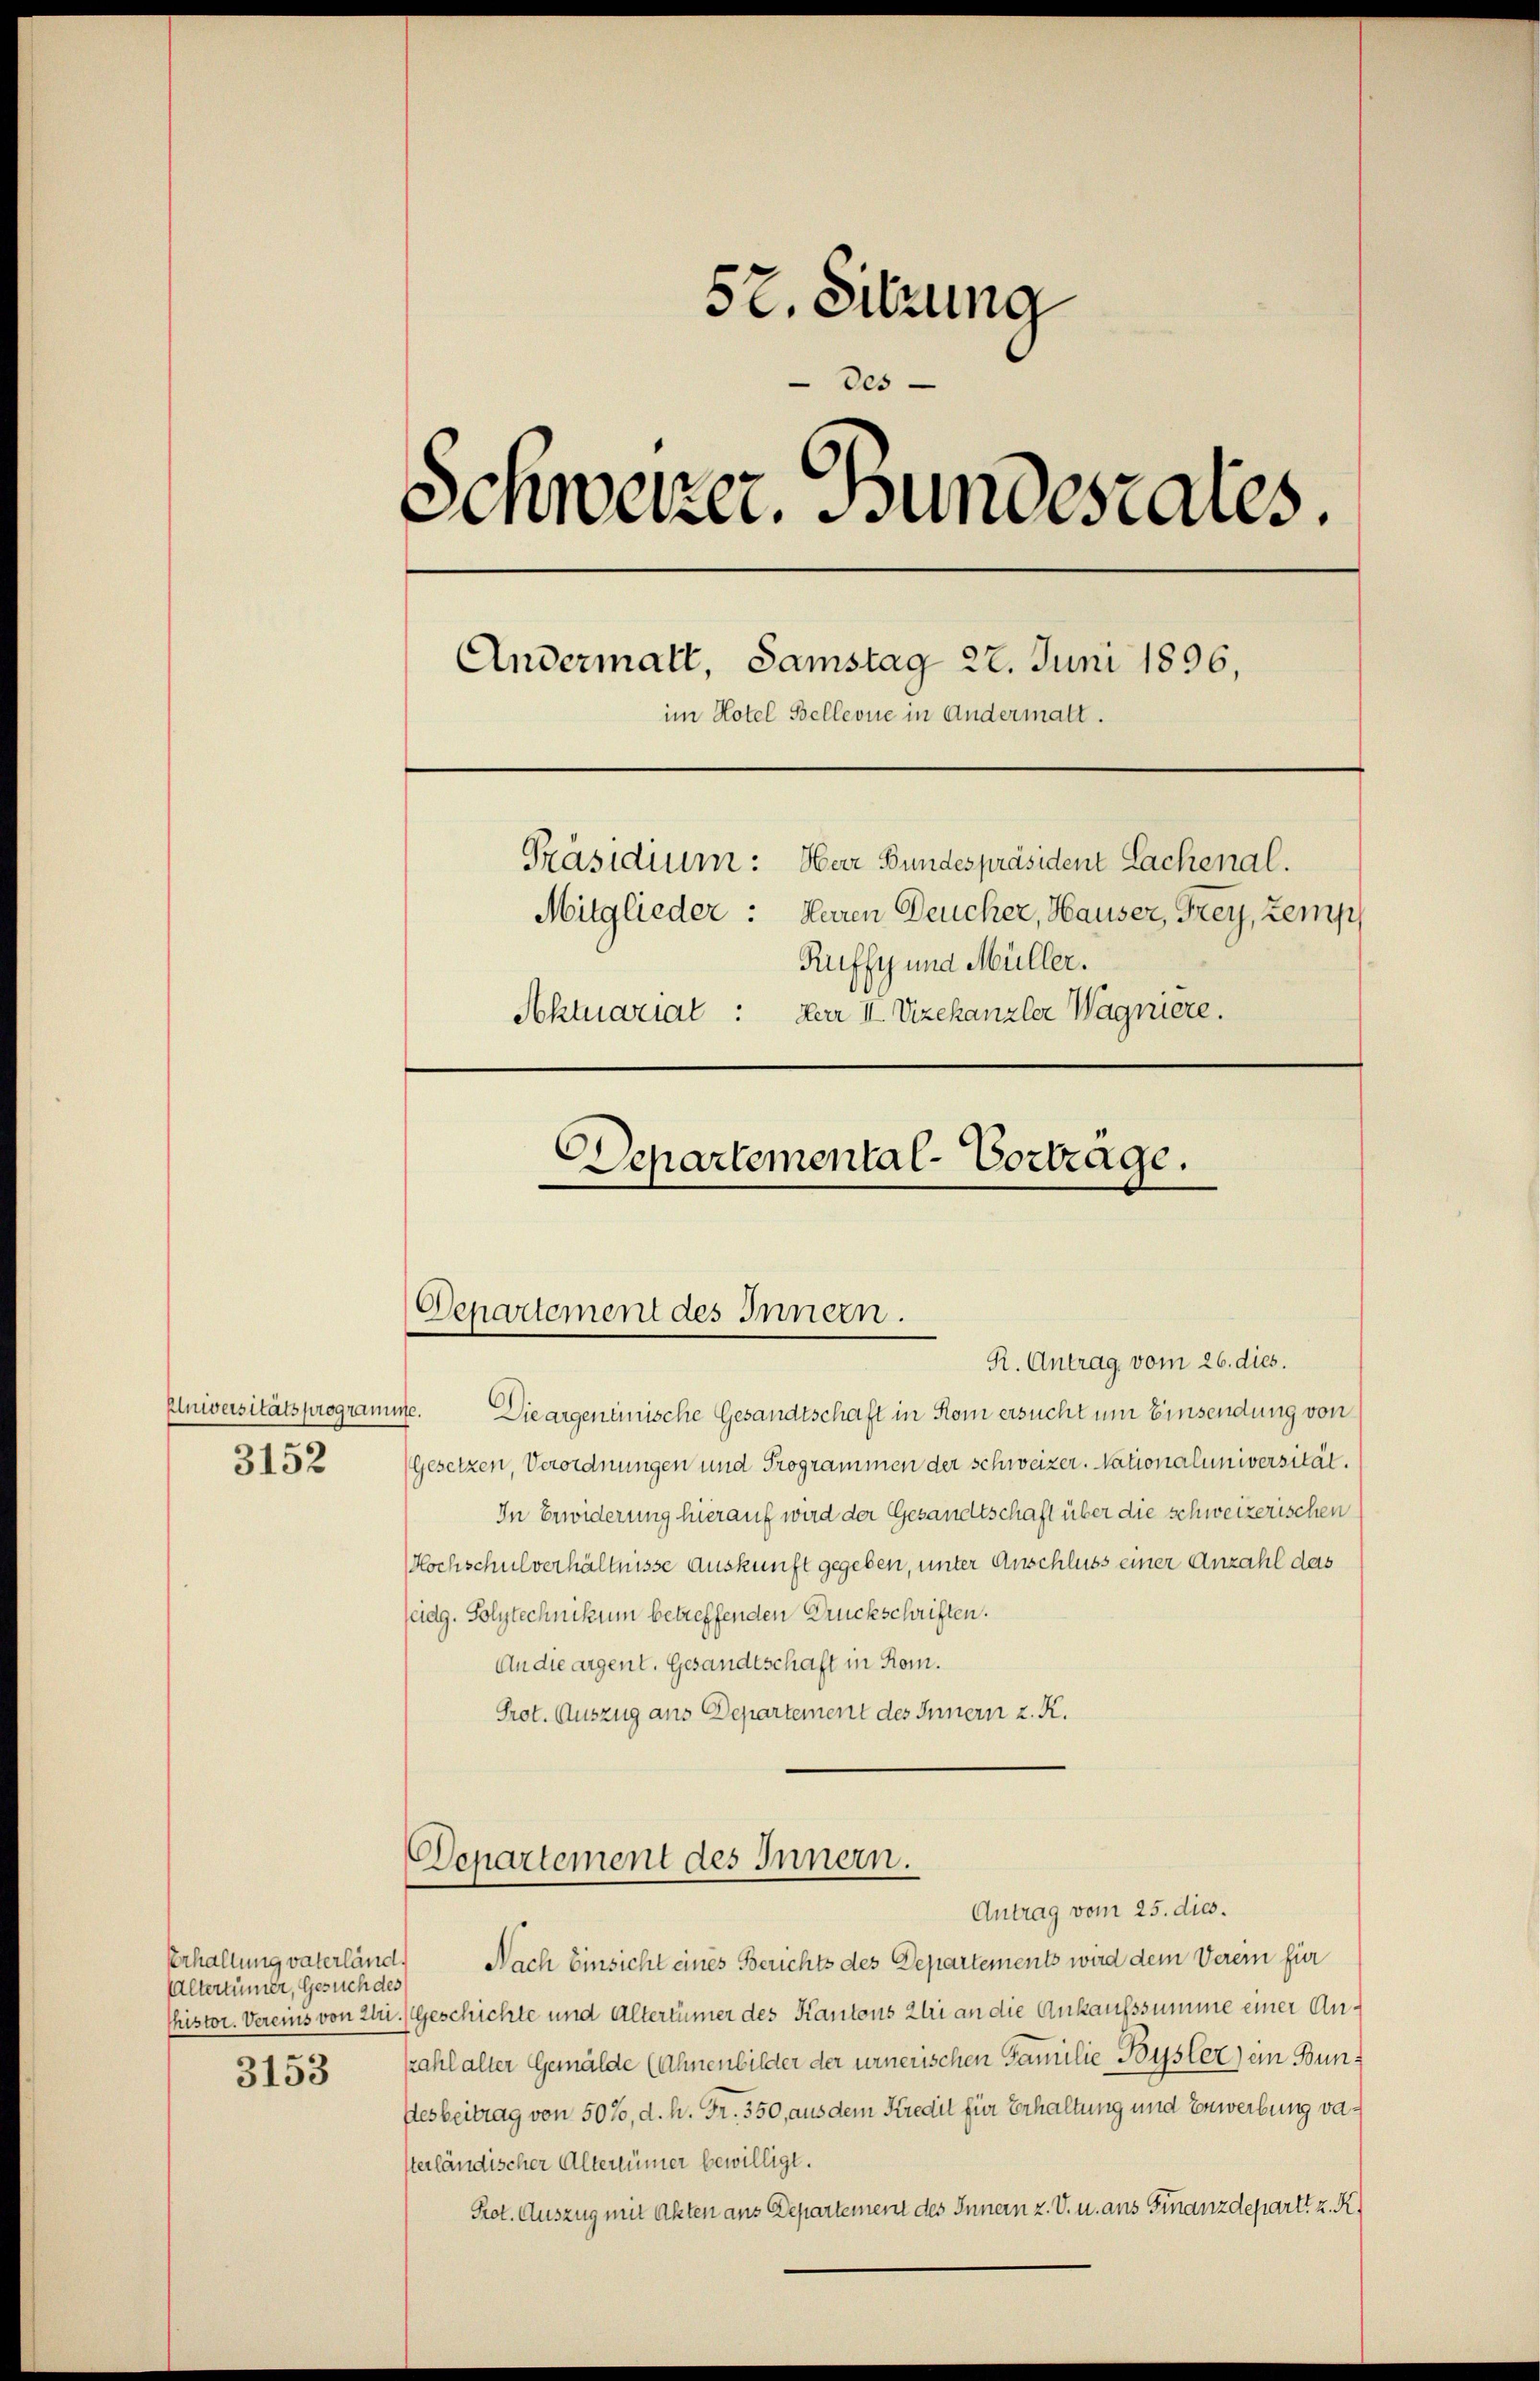
3152

Erhaltung vaterländ.
Altertümer, Gesuch des

3153

52. Sitzung
des
Schweizer. Bundesares.
Andermalt, Samstag 22. Juni 1896,
im Hotel Bellevue in Andermalt.
Präsidium: Herr Bundespräsident Lachenal.
Mitglieder: Heren Deucher, Hauser, Frey, Zemph
Ruffy und Müller.
Aktuariat : Der II. Vizekanzler Wagniere.

Plniversitätsprogramme. Die argenenische Gesandtschaft in Rom ersucht um Einsendung von
(Gesetzen, Verordnungen und Programmen der schweizer. Nationaluniversität.
In Erwiderung hierauf wird der Gesandtschaft über die schweizerischen
Hochschulverhältnisse Auskunft gegeben, unter Anschluss einer Anzahl das
feidg. Solytechnikum betreffenden Druckschriften.
An die argent. Gesandtschaft in Rom.
Prot. Auszug aus Departement des Innern z. K.
Departement des Innern.
Antrag vom 25. dies.
Nach Einsicht eines Berichts des Departements wird dem Verein für
Chistor. Vereins von Ili.) Geschichte und Altertümer des Kantons Zli an die Ankaufssumme einer Aukahl alter Gemälde (Ahnenbilder der urnerischen Familie Büsler) ein Bunfesbeitrag von 50%, d. h. Fr. 350, aus dem Kredit für Erhaltung und Erwerbung vasterländischer Altertümer bewilligt.
Pot. Auszug mit Akten aus Departement des Innern z. V. u. ans Finanzdepart z. R.

Departemental-Vortrage.
Departement des Innern.
R. Antrag vom 26. dies.